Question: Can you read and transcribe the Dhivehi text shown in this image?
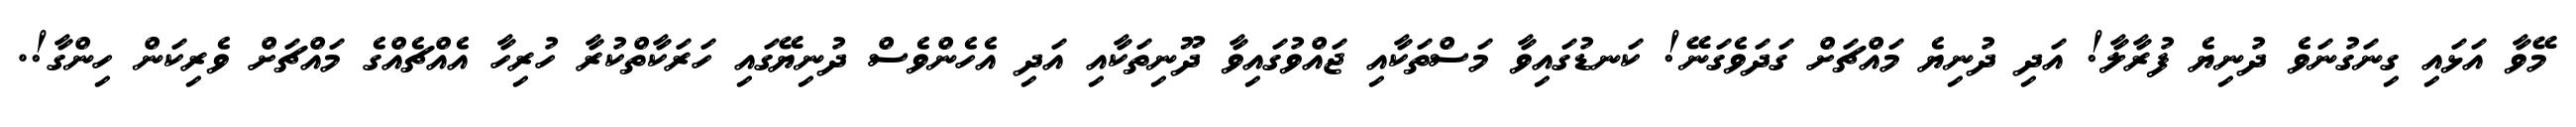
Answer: މޭވާ އަޅައި ގިނަގުނަވެ ދުނިޔެ ފުރާލާ! އަދި ދުނިޔެ މައްޗަށް ގަދަވެގަނޭ! ކަނޑުގައިވާ މަސްތަކާއި ޖައްވުގައިވާ ދޫނިތަކާއި އަދި އެހެންވެސް ދުނިޔޭގައި ހަރަކާތްކުރާ ހުރިހާ އެއްޗެއްގެ މައްޗަށް ވެރިކަން ހިންގާ!.